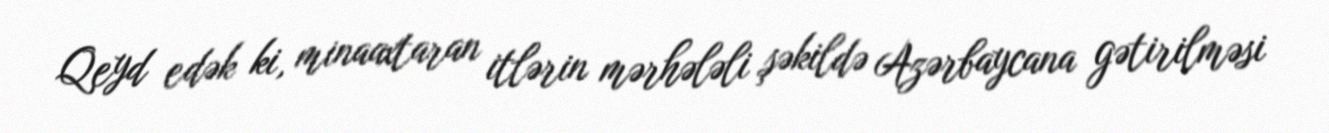
Qeyd edək ki, minaaxtaran itlərin mərhələli şəkildə Azərbaycana gətirilməsi